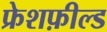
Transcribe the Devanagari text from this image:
फ्रेशफ़ील्ड